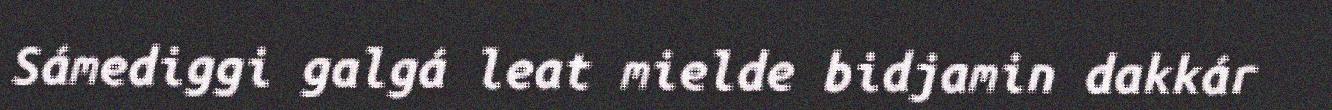
Sámediggi galgá leat mielde bidjamin dakkár